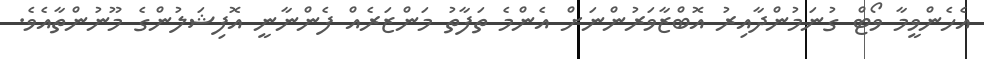
އެހެންވީމާ ވޯޓް ގުނަމުންދާއިރު އޮބްޒާވަރުންނަށް އެންމެ ތަފާތު މަންޒަރެއް ފެންނާނީ އޮފިޝަލުންގެ މޫނުންތާއެވެ.